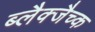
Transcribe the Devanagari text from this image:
ब्लैक्जैच्क